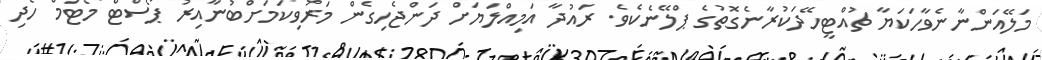
މަލޭއަންނާނެވާހަކަޔާ ޗުއްޓީހޭދަކުރާނެގޮތުގެ ޕްލޭނެކެވެ. ރައުދާ އަމިއްލަޔަށް ދަންޖެހިގެން މަރުވިކަމަށްބުނާއިރު ޕޯސްޓް މޯޓަމް ހެދި